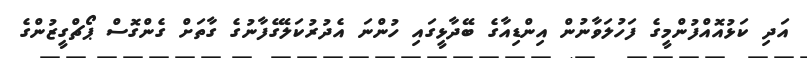
އަދި ކަޅުއޮއްފުންމީގެ ފަހުލަވާނުން އިންޑިއާގެ ބޭދާޅީގައި ހުންނަ އެދުރުކަލޭގެފާނުގެ ގާތަށް ގެންގޮސް ޕޯޗްގީޒުންގެ